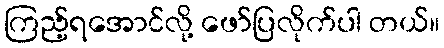
ကြည့်ရအောင်လို့ ဖော်ပြလိုက်ပါ တယ်။